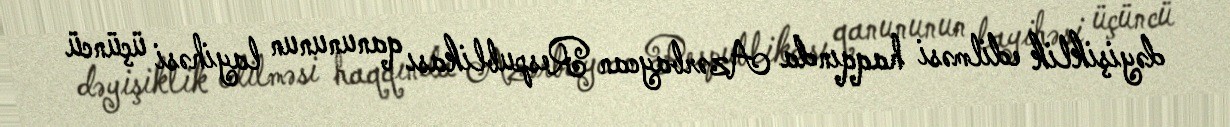
dəyişiklik edilməsi haqqında Azərbaycan Respublikası qanununun layihəsi üçüncü